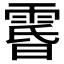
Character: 𮦘